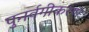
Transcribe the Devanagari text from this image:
पुनर्वगीकरण